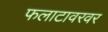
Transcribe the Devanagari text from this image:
फलाटावरवर